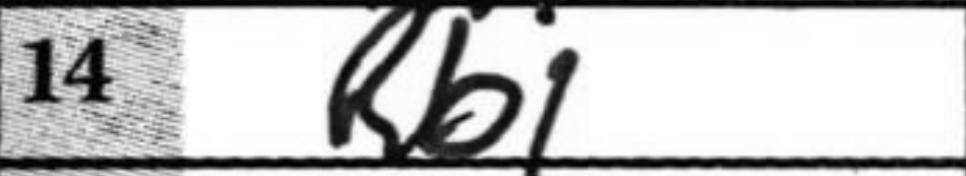
Transcription: Rb1